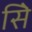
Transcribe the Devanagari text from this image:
सिे